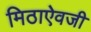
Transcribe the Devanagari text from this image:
मिठाऐवजी